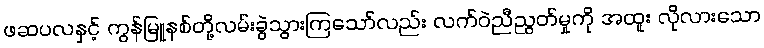
ဖဆပလနှင့် ကွန်မြူနစ်တို့လမ်းခွဲသွားကြသော်လည်း လက်ဝဲညီညွတ်မှုကို အထူး လိုလားသော